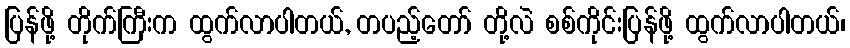
ပြန်ဖို့ တိုက်ကြီးက ထွက်လာပါတယ်, တပည့်တော် တို့လဲ စစ်ကိုင်းပြန်ဖို့ ထွက်လာပါတယ်၊